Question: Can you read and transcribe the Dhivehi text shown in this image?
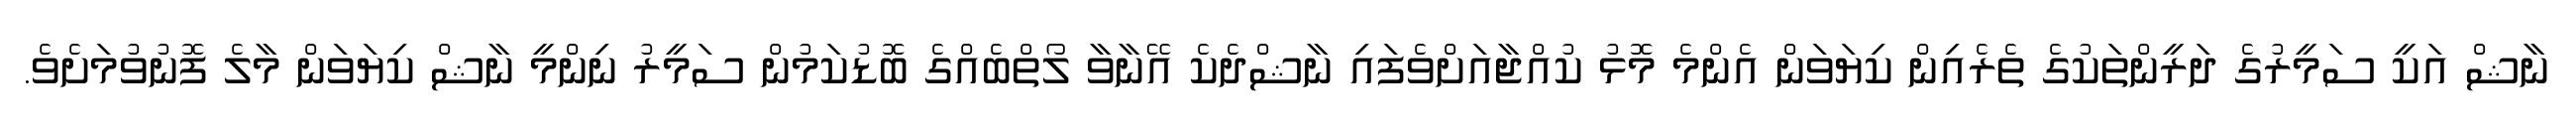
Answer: ނާޝް އަކީ ސަމީރުގެ ދަރީންތަކުގެ ތެރެއިން ކިޔަވަން އެންމެ މޮޅު ކުއްޖާއަށްވެފައި ނާޝްދެކެ އޭނާވާ ލޯތްބެއްގެ ބޮޑުކަމުން ސަމީރު ނިންމީ ނާޝް ކިޔަވަން މާލެ ފޮނުވުމަށެވެ.